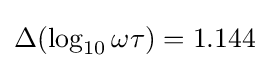
\Delta (\log _{10}\omega \tau )=1.144